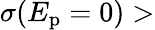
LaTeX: \sigma(E_{\mathrm{p}}=0)>